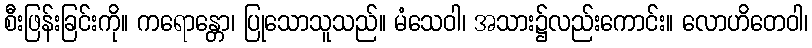
စီးဖြန်းခြင်းကို။ ကရောန္တော၊ ပြုသောသူသည်။ မံသေဝါ၊ အသား၌လည်းကောင်း။ လောဟိတေဝါ၊